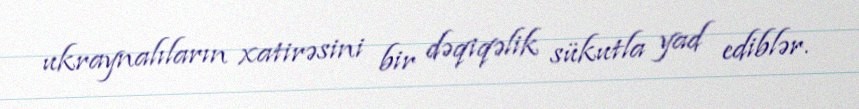
ukraynalıların xatirəsini bir dəqiqəlik sükutla yad ediblər.